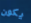
يكون